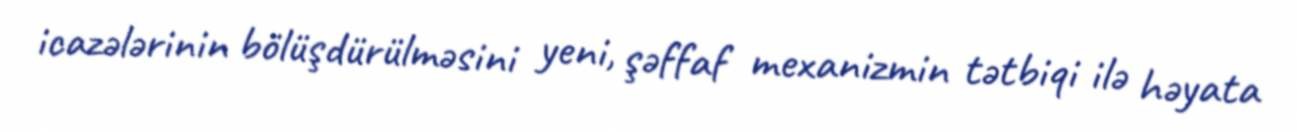
icazələrinin bölüşdürülməsini yeni, şəffaf mexanizmin tətbiqi ilə həyata